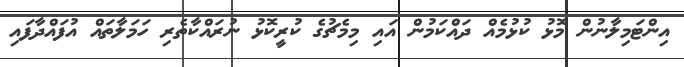
އިންޓަމިލާނުން މޮޅު ކުޅުމެއް ދައްކަމުން އައި މިމެޗުގެ ކުރީކޮޅު ނުރައްކާތެރި ހަމަލާތައް އުފައްދާފައި